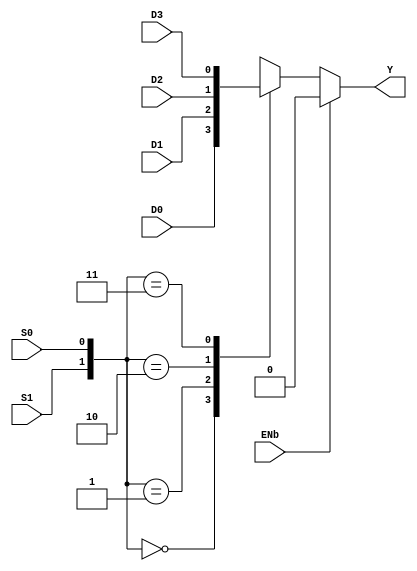
//
// Copyright 1991-2015 Mentor Graphics Corporation
//
// All Rights Reserved.
//
// THIS WORK CONTAINS TRADE SECRET AND PROPRIETARY INFORMATION WHICH IS THE
// PROPERTY OF MENTOR GRAPHICS CORPORATION OR ITS LICENSORS AND IS SUBJECT TO
// LICENSE TERMS.
//
// VPI routine for logging of signals from within the HDL code
//
`timescale 1ns / 1ns

module MUX41 (
    output Y,
    input D0, D1, D2, D3, S0, S1, ENb);

    reg y_l;

    always @*
        if (ENb == 1'b0)
            case ({S1, S0})
                2'b00   : y_l = D0;
                2'b01   : y_l = D1;
                2'b10   : y_l = D2;
                2'b11   : y_l = D3;
                default : y_l = 1'bx;
            endcase
        else
            y_l = 1'b0;
    
    buf (Y, y_l);

endmodule